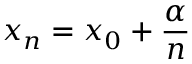
x _ { n } = x _ { 0 } + { \frac { \alpha } { n } }